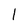
Character: I